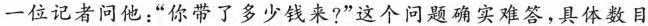
一位记者问他：”你带了多少钱来?”这个问题确实难答，具体数目